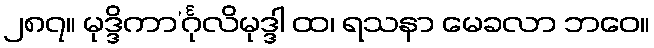
၂၈၇။ မုဒ္ဒိကာ’င်္ဂုလိမုဒ္ဒါ ထ၊ ရသနာ မေခလာ ဘဝေ။